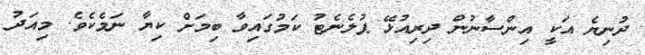
ދުނިޔެ އަކީ އިންސާނުން ދިރިއުޅޭ ޕުލެނެޓު ކަމުގައިވާ ބިމަށް ކިޔާ ނަމެކެވެ. މިއަދު